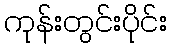
ကုန်းတွင်းပိုင်း